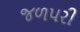
જળપરી